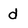
Character: d